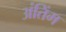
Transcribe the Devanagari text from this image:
अंतिंम